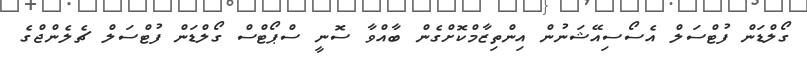
ގޯލްޑަން ފުޓްސަލް އެސޯސިއޭޝަނުން އިންތިޒާމްކޮށްގެން ބާއްވާ ސޮނީ ސްޕޯޓްސް ގޯލްޑަން ފުޓްސަލް ޗެލެންޖްގެ